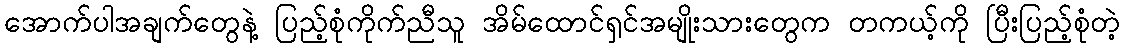
အောက်ပါအချက်တွေနဲ့ ပြည့်စုံကိုက်ညီသူ အိမ်ထောင်ရှင်အမျိုးသားတွေက တကယ့်ကို ပြီးပြည့်စုံတဲ့